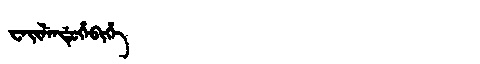
Manchu: ᠸᡝᡳᠯᡝᠨᡩᡠᡥᡝᠪᡳᡥᡝ
Romanization: WEILENDUHEBIHE